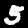
Label: 5